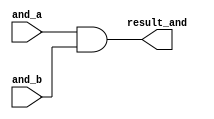
module and_(input [31:0] and_a, and_b,
            output [31:0] result_and);
  assign result_and = and_a & and_b;
endmodule

module or_(input [31:0] or_a, or_b,
           output [31:0] result_or);
  assign result_or = or_a | or_b;
endmodule

/*UNUSED
module nor_(input [31:0] nor_a, nor_b,
            output [31:0] result_nor);
  assign result_nor = ~(nor_a|nor_b);
endmodule

module xor_(input [31:0] a,b,
            output [31:0] result);
  assign result = a ^ b;
endmodule

module ori_(input [31:0] a,b,
            output [31:0] result);
  output[31:0] result;
  wire[31:0] extb;
  msbext ext(b,extb);
  or_ ext_or(a,extb,result);
endmodule
*/